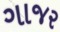
ગાજર